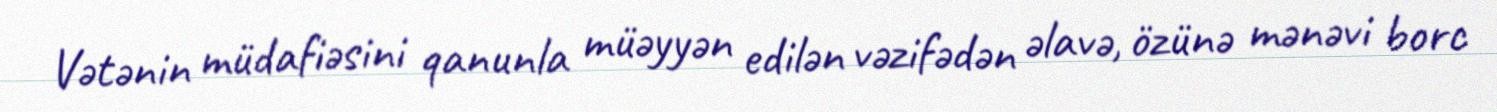
Vətənin müdafiəsini qanunla müəyyən edilən vəzifədən əlavə, özünə mənəvi borc